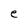
Character: e